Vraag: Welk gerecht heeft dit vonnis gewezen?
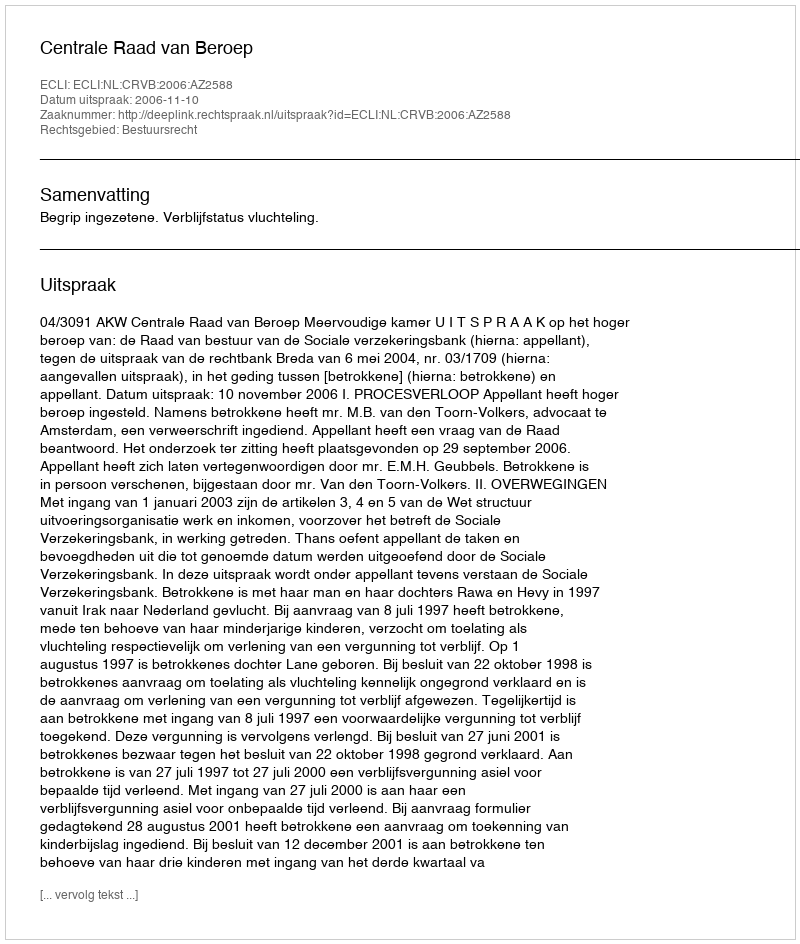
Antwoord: Centrale Raad van Beroep